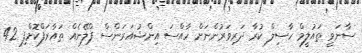
ސާނަވީ ތައުލީމް ހާސިލް ކުރާ ދަރިވަރުންނަށް ހާއްސަ އިންޝުއަރަންސް ޕްލޭނެއް ތައާރަފްކޮށްފި 42